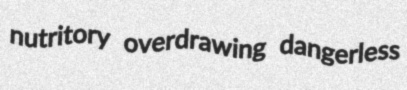
nutritory overdrawing dangerless